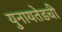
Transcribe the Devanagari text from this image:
युनायतेडची